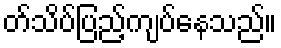
တ်သိပ်ပြည့်ကျပ်နေသည်။